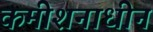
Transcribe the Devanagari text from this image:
कमीशनाधीन